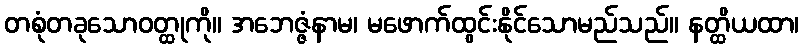
တစုံတခုသောဝတ္ထုကို။ အဘေဇ္ဇံနာမ၊ မဖောက်ထွင်းနိုင်သောမည်သည်။ နတ္ထိယထာ၊